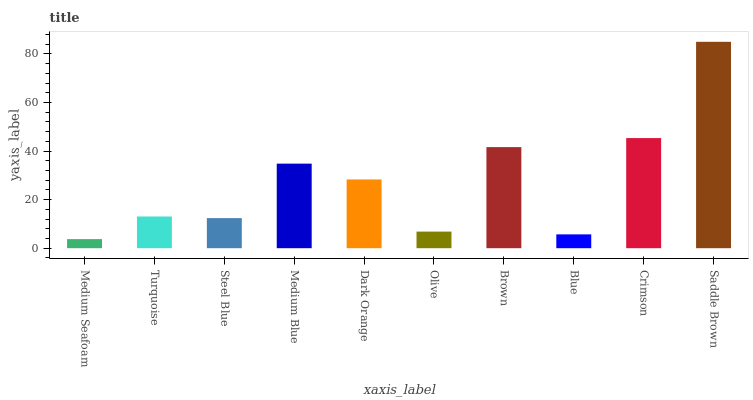
| xaxis_label | bars |
 | --- | --- |
 | Medium Seafoam | 3.74 |
 | Turquoise | 13.1 |
 | Steel Blue | 12.4 |
 | Medium Blue | 34.8 |
 | Dark Orange | 28.3 |
 | Olive | 6.84 |
 | Brown | 41.6 |
 | Blue | 5.7 |
 | Crimson | 45.4 |
 | Saddle Brown | 85 |